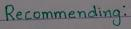
Recommending: